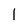
Character: 1